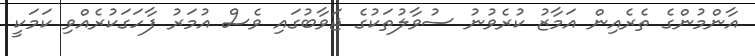
އާންމުންގެ ތެރެއިން އަމާޒު ކުރެވުނު ސުވާލުތަކުގެ ޖަވާބުގައި ވެސް އުމަރު ފާހަގަކުރެއްވި ކަމަކީ